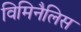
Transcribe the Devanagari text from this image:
विमिनैलिस